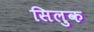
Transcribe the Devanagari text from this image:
सिलुक